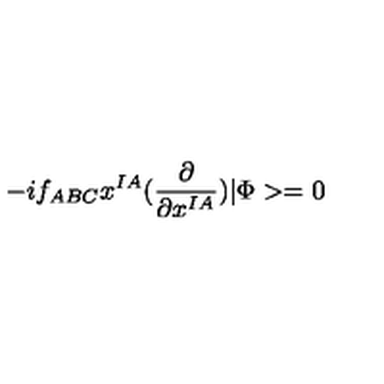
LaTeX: - i f _ { A B C } x ^ { I A } ( \frac { \partial } { \partial x ^ { I A } } ) | \Phi > = 0